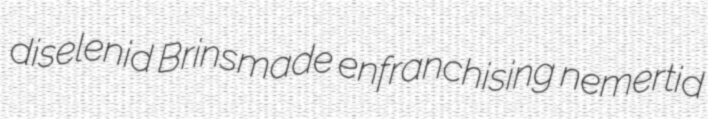
diselenid Brinsmade enfranchising nemertid